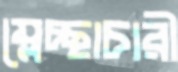
ম্লেচ্ছাচারী